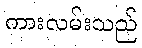
ကားလမ်းသည်